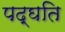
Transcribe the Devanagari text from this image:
पद्घति